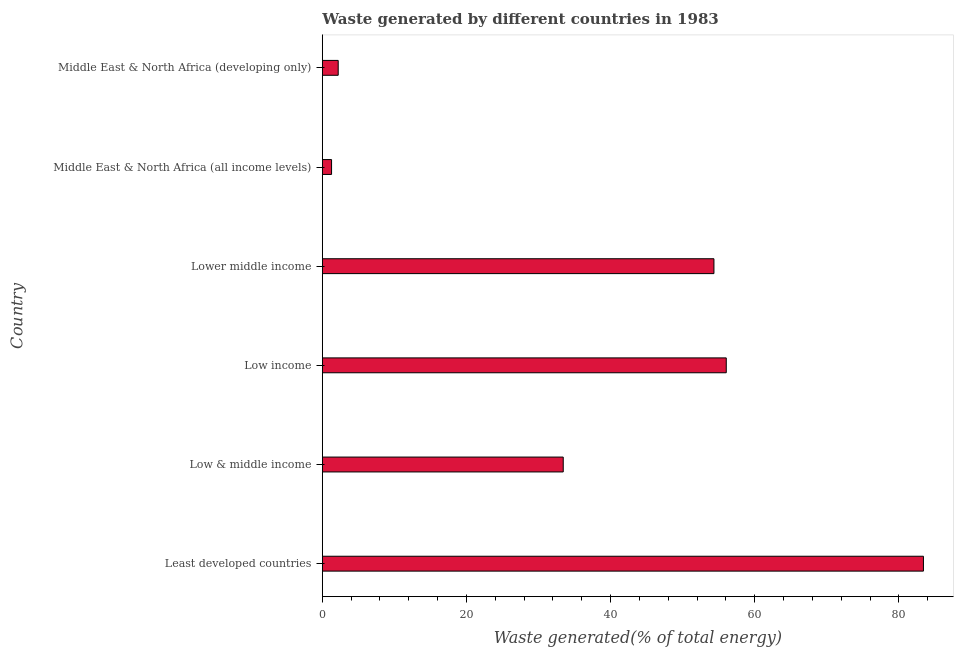
| Country | Combustible renewables and waste (% of total energy) |
 | --- | --- |
 | Least developed countries | 83.4 |
 | Low & middle income | 33.4 |
 | Low income | 56 |
 | Lower middle income | 54.3 |
 | Middle East & North Africa (all income levels) | 1.28 |
 | Middle East & North Africa (developing only) | 2.2 |